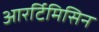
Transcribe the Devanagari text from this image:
आरर्टिमिसिन